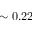
\sim 0 . 2 2